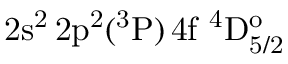
\mathrm { 2 s ^ { 2 } \, 2 p ^ { 2 } ( ^ { 3 } P ) \, 4 f ~ ^ { 4 } D _ { 5 / 2 } ^ { o } }